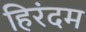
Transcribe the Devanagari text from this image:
हिरंदम